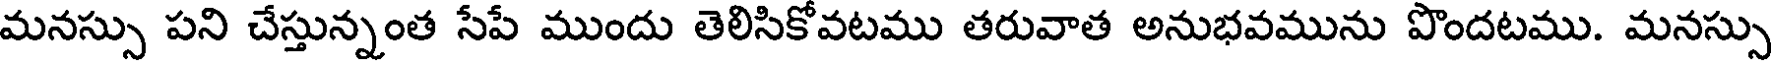
మనస్సు పని చేస్తున్నంత సేపే ముందు తెలిసికోవటము తరువాత అనుభవమును పొందటము. మనస్సు